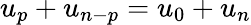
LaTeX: u_{p}+u_{n-p}=u_{0}+u_{n}